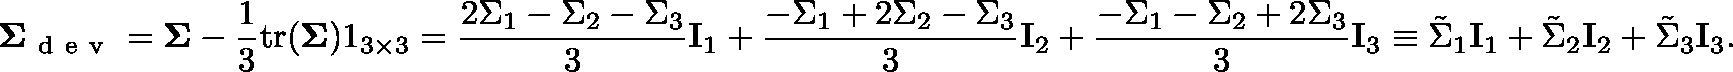
\mathbf { \Sigma } _ { \mathrm { ~ d ~ e ~ v ~ } } = \mathbf { \Sigma } - \frac { 1 } { 3 } \mathrm { t r } ( \mathbf { \Sigma } ) \mathbb { 1 } _ { 3 \times 3 } = \frac { 2 \Sigma _ { 1 } - \Sigma _ { 2 } - \Sigma _ { 3 } } { 3 } \mathbf { I } _ { 1 } + \frac { - \Sigma _ { 1 } + 2 \Sigma _ { 2 } - \Sigma _ { 3 } } { 3 } \mathbf { I } _ { 2 } + \frac { - \Sigma _ { 1 } - \Sigma _ { 2 } + 2 \Sigma _ { 3 } } { 3 } \mathbf { I } _ { 3 } \equiv \tilde { \Sigma } _ { 1 } \mathbf { I } _ { 1 } + \tilde { \Sigma } _ { 2 } \mathbf { I } _ { 2 } + \tilde { \Sigma } _ { 3 } \mathbf { I } _ { 3 } .